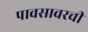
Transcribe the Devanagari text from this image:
पावसावरची